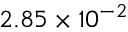
2 . 8 5 \times 1 0 ^ { - 2 }